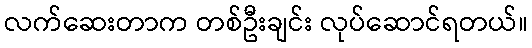
လက်ဆေးတာက တစ်ဦးချင်း လုပ်ဆောင်ရတယ်။